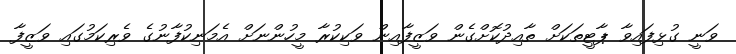
ވަނީ ގުޅިފައިވާ ޕާޓީތަކަށް ތާއިދުކޮށްގެން ވަޒީފާއިން ވަކިކުރާ މީހުންނަށް އެމަނިކުފާނުގެ ވެރިކަމުގައި ވަޒީފާ